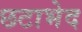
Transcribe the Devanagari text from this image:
छटाभेद